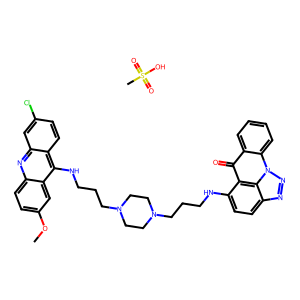
SMILES: COc1ccc2nc3cc(Cl)ccc3c(NCCCN3CCN(CCCNc4ccc5nnn6c7ccccc7c(=O)c4c56)CC3)c2c1.CS(=O)(=O)O
Inhibits HIV replication: No